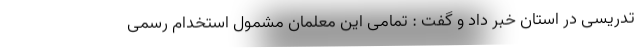
تدریسی در استان خبر داد و گفت : تمامی این معلمان مشمول استخدام رسمی